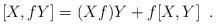
LaTeX: \begin{align*}[X,fY] = (Xf)Y + f[X,Y]\;\;. \end{align*}